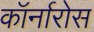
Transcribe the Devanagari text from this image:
कॉर्नारोस